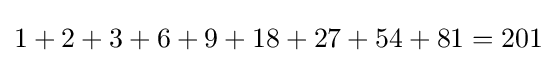
1+2+3+6+9+18+27+54+81=201